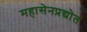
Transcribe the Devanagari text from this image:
महासेनप्रद्योत